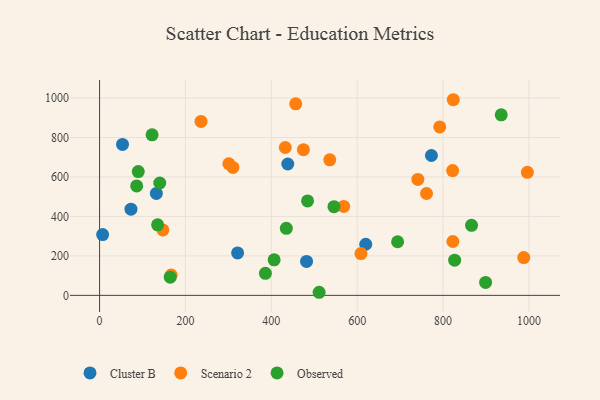
{"axis": {"x": "Price", "y": "Fuel Efficiency"}, "legend": ["Cluster B", "Observed", "Scenario 2"], "data": [{"x": "321.5", "y": 215.1, "type": "Cluster B"}, {"x": "7.1", "y": 308.0, "type": "Cluster B"}, {"x": "73.1", "y": 436.7, "type": "Cluster B"}, {"x": "53.4", "y": 764.7, "type": "Cluster B"}, {"x": "620.0", "y": 259.0, "type": "Cluster B"}, {"x": "132.3", "y": 516.4, "type": "Cluster B"}, {"x": "438.4", "y": 665.7, "type": "Cluster B"}, {"x": "482.1", "y": 172.2, "type": "Cluster B"}, {"x": "773.0", "y": 708.9, "type": "Cluster B"}, {"x": "147.4", "y": 331.5, "type": "Scenario 2"}, {"x": "741.4", "y": 587.5, "type": "Scenario 2"}, {"x": "608.9", "y": 211.6, "type": "Scenario 2"}, {"x": "536.2", "y": 686.9, "type": "Scenario 2"}, {"x": "474.8", "y": 738.5, "type": "Scenario 2"}, {"x": "166.8", "y": 103.3, "type": "Scenario 2"}, {"x": "236.3", "y": 881.3, "type": "Scenario 2"}, {"x": "432.6", "y": 749.4, "type": "Scenario 2"}, {"x": "568.6", "y": 450.5, "type": "Scenario 2"}, {"x": "456.9", "y": 970.7, "type": "Scenario 2"}, {"x": "301.1", "y": 666.9, "type": "Scenario 2"}, {"x": "792.4", "y": 853.7, "type": "Scenario 2"}, {"x": "310.6", "y": 648.3, "type": "Scenario 2"}, {"x": "996.5", "y": 623.5, "type": "Scenario 2"}, {"x": "988.1", "y": 191.3, "type": "Scenario 2"}, {"x": "822.9", "y": 273.0, "type": "Scenario 2"}, {"x": "822.4", "y": 632.3, "type": "Scenario 2"}, {"x": "823.9", "y": 991.4, "type": "Scenario 2"}, {"x": "761.6", "y": 516.2, "type": "Scenario 2"}, {"x": "122.3", "y": 813.6, "type": "Observed"}, {"x": "511.4", "y": 15.7, "type": "Observed"}, {"x": "90.1", "y": 627.4, "type": "Observed"}, {"x": "164.6", "y": 92.4, "type": "Observed"}, {"x": "386.3", "y": 111.8, "type": "Observed"}, {"x": "406.6", "y": 180.3, "type": "Observed"}, {"x": "135.2", "y": 357.5, "type": "Observed"}, {"x": "484.5", "y": 478.5, "type": "Observed"}, {"x": "546.0", "y": 449.7, "type": "Observed"}, {"x": "866.4", "y": 354.8, "type": "Observed"}, {"x": "694.2", "y": 271.6, "type": "Observed"}, {"x": "827.1", "y": 178.2, "type": "Observed"}, {"x": "86.4", "y": 554.4, "type": "Observed"}, {"x": "140.2", "y": 569.5, "type": "Observed"}, {"x": "435.0", "y": 339.5, "type": "Observed"}, {"x": "935.6", "y": 915.1, "type": "Observed"}, {"x": "899.2", "y": 65.4, "type": "Observed"}]}